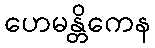
ဟေမန္တိကေန